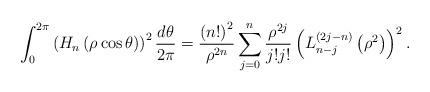
LaTeX: \begin{align*}\int_{0}^{2\pi}\left(H_{n}\left(\rho\cos\theta\right)\right)^{2}\frac{d\theta}{2\pi}=\frac{\left(n!\right)^2}{\rho^{2n}}\sum_{j=0}^{n}\frac{\rho^{2j}}{j!j!}\left(L_{n-j}^{\left(2j-n\right)}\left(\rho^2\right)\right)^2.\end{align*}